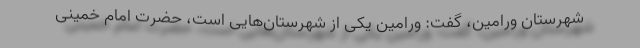
شهرستان ورامین، گفت: ورامین یکی از شهرستان‌هایی است، حضرت امام خمینی